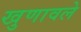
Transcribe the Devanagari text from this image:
खुणावले